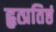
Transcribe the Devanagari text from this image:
हृत्प्रतिष्ठं